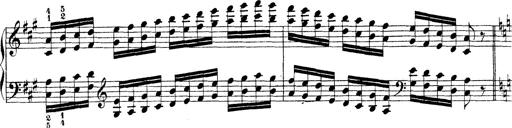
Title: Technische Studien
Composer: Franz Liszt